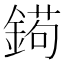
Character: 𨩦